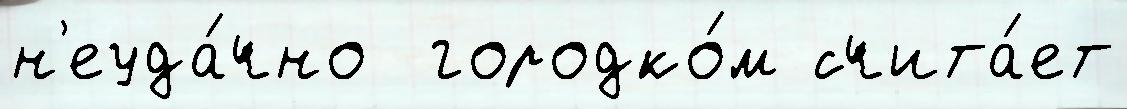
н'еуда́чно  городко́м счита́ет